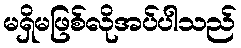
မရှိမဖြစ်လိုအပ်ပါသည်